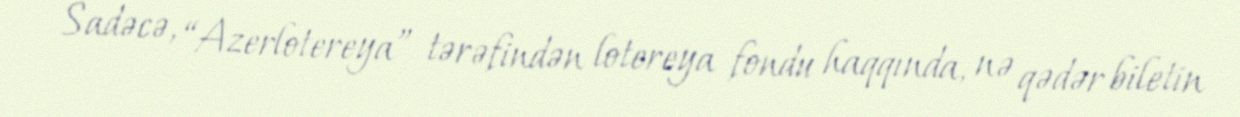
Sadəcə, “Azerlotereya” tərəfindən lotereya fondu haqqında, nə qədər biletin